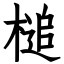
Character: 槌